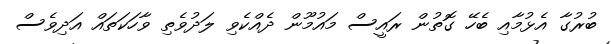
ބުރުގާ އެޅުމާއި ބެހޭ ގޮތުން ރައީސް މައުމޫން ދެއްކެވި ލަދުވެތި ވާހަކަތައް އަދިވެސް